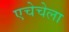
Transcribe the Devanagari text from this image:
एचेचेला